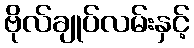
ဗိုလ်ချုပ်လမ်းနှင့်